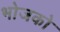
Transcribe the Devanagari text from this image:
भोजको